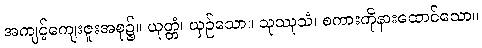
အကျင့်ကျေးဇူးအစု၌။ ယုတ္တံ၊ ယှဉ်သော။ သုဿုသံ၊ စကားကိုနားထောင်သော။